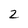
Character: 2